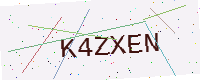
Text: K4ZXEN